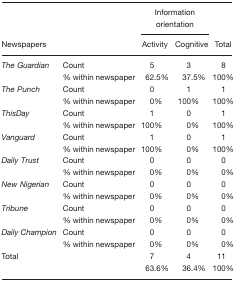
<table><thead><tr><td></td><td></td><td colspan="2"><b>Information orientation</b></td><td></td></tr><tr><td><b>Newspapers</b></td><td></td><td><b>Activity</b></td><td><b>Cognitive</b></td><td><b>Total</b></td></tr></thead><tbody><tr><td><i>The Guardian</i></td><td>Count</td><td>5</td><td>3</td><td>8</td></tr><tr><td></td><td>% within newspaper</td><td>62.5%</td><td>37.5%</td><td>100%</td></tr><tr><td><i>The Punch</i></td><td>Count</td><td>0</td><td>1</td><td>1</td></tr><tr><td></td><td>% within newspaper</td><td>0%</td><td>100%</td><td>100%</td></tr><tr><td><i>ThisDay</i></td><td>Count</td><td>1</td><td>0</td><td>1</td></tr><tr><td></td><td>% within newspaper</td><td>100%</td><td>0%</td><td>100%</td></tr><tr><td><i>Vanguard</i></td><td>Count</td><td>1</td><td>0</td><td>1</td></tr><tr><td></td><td>% within newspaper</td><td>100%</td><td>0%</td><td>100%</td></tr><tr><td><i>Daily Trust</i></td><td>Count</td><td>0</td><td>0</td><td>0</td></tr><tr><td></td><td>% within newspaper</td><td>0%</td><td>0%</td><td>0%</td></tr><tr><td><i>New Nigerian</i></td><td>Count</td><td>0</td><td>0</td><td>0</td></tr><tr><td></td><td>% within newspaper</td><td>0%</td><td>0%</td><td>0%</td></tr><tr><td><i>Tribune</i></td><td>Count</td><td>0</td><td>0</td><td>0</td></tr><tr><td></td><td>% within newspaper</td><td>0%</td><td>0%</td><td>0%</td></tr><tr><td><i>Daily Champion</i></td><td>Count</td><td>0</td><td>0</td><td>0</td></tr><tr><td></td><td>% within newspaper</td><td>0%</td><td>0%</td><td>0%</td></tr><tr><td>Total</td><td></td><td>7</td><td>4</td><td>11</td></tr><tr><td></td><td></td><td>63.6%</td><td>36.4%</td><td>100%</td></tr></tbody></table>